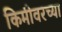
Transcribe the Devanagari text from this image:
किमीवरच्या